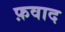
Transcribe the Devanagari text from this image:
फ़वाद